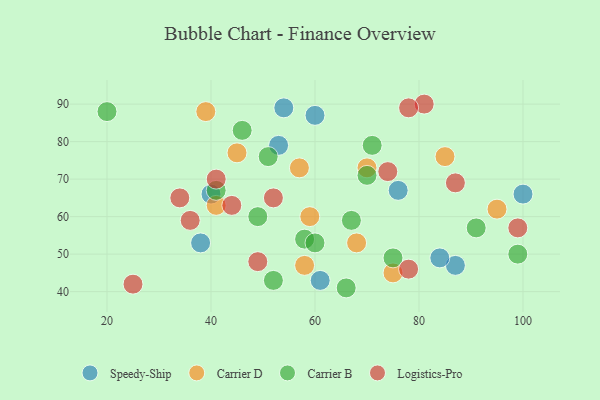
{"axis": {"x": "GDP", "y": "Life Expectancy"}, "legend": ["Carrier B", "Carrier D", "Logistics-Pro", "Speedy-Ship"], "data": [{"x": "38", "y": 53, "type": "Speedy-Ship"}, {"x": "87", "y": 47, "type": "Speedy-Ship"}, {"x": "100", "y": 66, "type": "Speedy-Ship"}, {"x": "84", "y": 49, "type": "Speedy-Ship"}, {"x": "76", "y": 67, "type": "Speedy-Ship"}, {"x": "61", "y": 43, "type": "Speedy-Ship"}, {"x": "60", "y": 87, "type": "Speedy-Ship"}, {"x": "40", "y": 66, "type": "Speedy-Ship"}, {"x": "53", "y": 79, "type": "Speedy-Ship"}, {"x": "54", "y": 89, "type": "Speedy-Ship"}, {"x": "58", "y": 47, "type": "Carrier D"}, {"x": "59", "y": 60, "type": "Carrier D"}, {"x": "68", "y": 53, "type": "Carrier D"}, {"x": "75", "y": 45, "type": "Carrier D"}, {"x": "39", "y": 88, "type": "Carrier D"}, {"x": "45", "y": 77, "type": "Carrier D"}, {"x": "70", "y": 73, "type": "Carrier D"}, {"x": "85", "y": 76, "type": "Carrier D"}, {"x": "57", "y": 73, "type": "Carrier D"}, {"x": "41", "y": 63, "type": "Carrier D"}, {"x": "95", "y": 62, "type": "Carrier D"}, {"x": "67", "y": 59, "type": "Carrier B"}, {"x": "20", "y": 88, "type": "Carrier B"}, {"x": "99", "y": 50, "type": "Carrier B"}, {"x": "58", "y": 54, "type": "Carrier B"}, {"x": "52", "y": 43, "type": "Carrier B"}, {"x": "46", "y": 83, "type": "Carrier B"}, {"x": "91", "y": 57, "type": "Carrier B"}, {"x": "41", "y": 67, "type": "Carrier B"}, {"x": "75", "y": 49, "type": "Carrier B"}, {"x": "60", "y": 53, "type": "Carrier B"}, {"x": "51", "y": 76, "type": "Carrier B"}, {"x": "49", "y": 60, "type": "Carrier B"}, {"x": "70", "y": 71, "type": "Carrier B"}, {"x": "71", "y": 79, "type": "Carrier B"}, {"x": "66", "y": 41, "type": "Carrier B"}, {"x": "41", "y": 70, "type": "Logistics-Pro"}, {"x": "87", "y": 69, "type": "Logistics-Pro"}, {"x": "78", "y": 46, "type": "Logistics-Pro"}, {"x": "49", "y": 48, "type": "Logistics-Pro"}, {"x": "44", "y": 63, "type": "Logistics-Pro"}, {"x": "81", "y": 90, "type": "Logistics-Pro"}, {"x": "25", "y": 42, "type": "Logistics-Pro"}, {"x": "78", "y": 89, "type": "Logistics-Pro"}, {"x": "74", "y": 72, "type": "Logistics-Pro"}, {"x": "52", "y": 65, "type": "Logistics-Pro"}, {"x": "99", "y": 57, "type": "Logistics-Pro"}, {"x": "36", "y": 59, "type": "Logistics-Pro"}, {"x": "34", "y": 65, "type": "Logistics-Pro"}]}